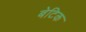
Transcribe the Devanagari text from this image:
बेटिक